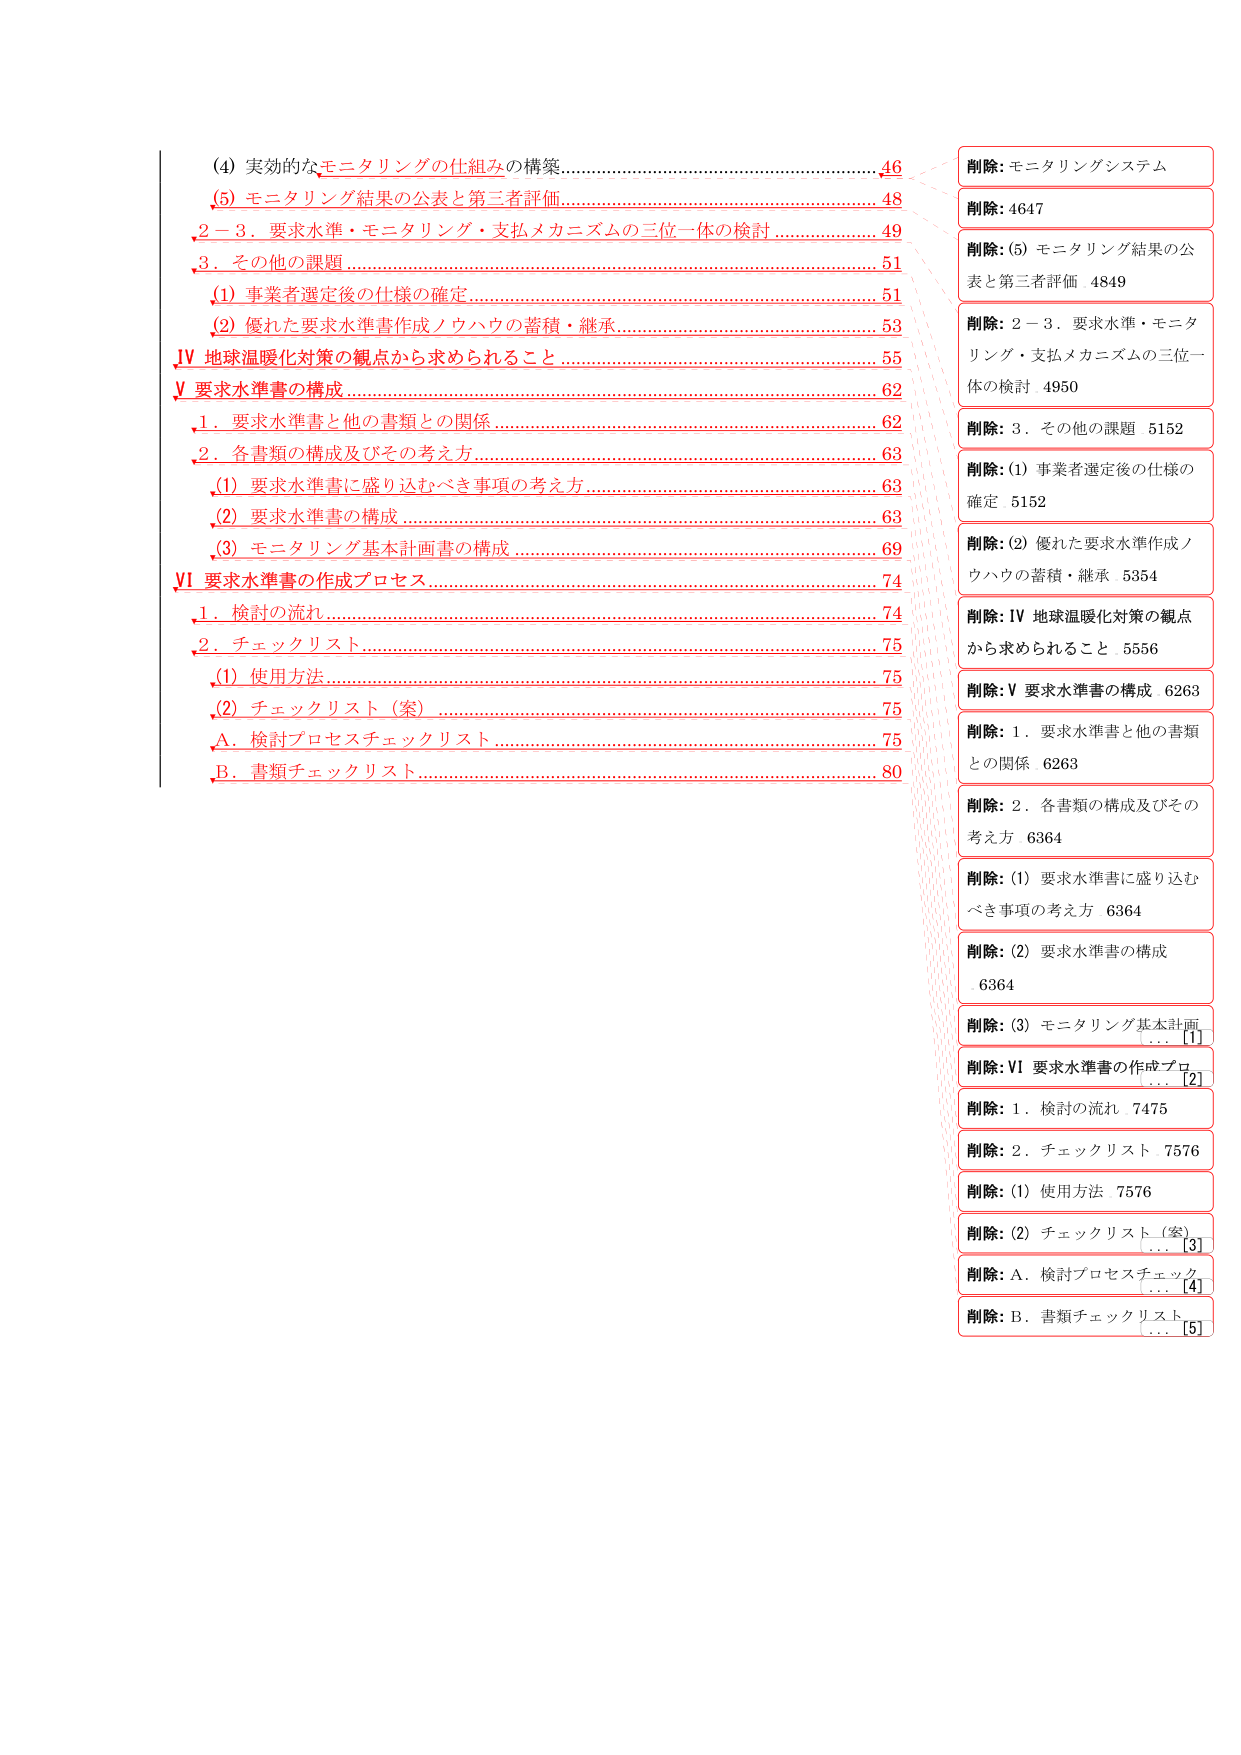
(4) 実効的なモニタリングの仕組みの構築……………………………………46
(5) モニタリング結果の公表と第三者評価……………………………………48
2－3．要求水準・モニタリング・支払メカニズムの三位一体の検討 …………………49
3．その他の課題……………………………………………………………………51
　(1) 事業者選定後の仕様の確定…………………………………………………51
　(2) 優れた要求水準書作成ノウハウの蓄積・継承……………………………53
Ⅳ 地球温暖化対策の観点から求められること……………………………………55
Ⅴ 要求水準書の構成………………………………………………………………62
　1．要求水準書と他の書類との関係……………………………………………62
　2．各書類の構成及びその考え方………………………………………………63
　　(1) 要求水準書に盛り込むべき事項の考え方………………………………63
　　(2) 要求水準書の構成…………………………………………………………63
　　(3) モニタリング基本計画書の構成…………………………………………69
Ⅵ 要求水準書の作成プロセス……………………………………………………74
　1．検討の流れ……………………………………………………………………74
　2．チェックリスト………………………………………………………………75
　　(1) 使用方法……………………………………………………………………75
　　(2) チェックリスト（案）……………………………………………………75
　　A．検討プロセスチェックリスト……………………………………………75
　　B．書類チェックリスト………………………………………………………80

削除: モニタリングシステム
削除: 4647
削除: (5) モニタリング結果の公表と第三者評価 4849
削除: 2－3．要求水準・モニタリング・支払メカニズムの三位一体の検討 4950
削除: 3．その他の課題 5152
削除: (1) 事業者選定後の仕様の確定 5152
削除: (2) 優れた要求水準作成ノウハウの蓄積・継承 5354
削除: Ⅳ 地球温暖化対策の観点から求められること 5556
削除: Ⅴ 要求水準書の構成 6263
削除: 1．要求水準書と他の書類との関係 6263
削除: 2．各書類の構成及びその考え方 6364
削除: (1) 要求水準書に盛り込むべき事項の考え方 6364
削除: (2) 要求水準書の構成 6364
削除: (3) モニタリング基本計画書の構成 … [1]
削除: Ⅵ 要求水準書の作成プロセス … [2]
削除: 1．検討の流れ 7475
削除: 2．チェックリスト 7576
削除: (1) 使用方法 7576
削除: (2) チェックリスト（案） … [3]
削除: A．検討プロセスチェックリスト … [4]
削除: B．書類チェックリスト … [5]